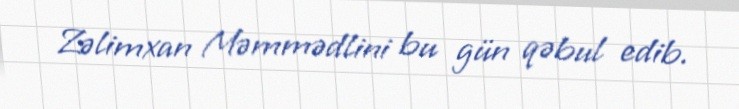
Zəlimxan Məmmədlini bu gün qəbul edib.